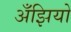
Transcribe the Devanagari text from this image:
अँझियो